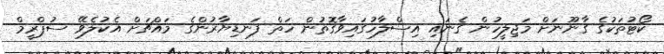
ކޯޓުތަކުގެ ގާނޫނަށް މަޖިލީހުން ގެނައި އިސްލާހުގައިވާގޮތުން ހަތް ފަނޑިޔާރުންގެ މައްޗަށް އެކުލެވޭ ސުޕްރީމް